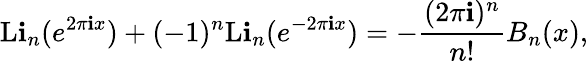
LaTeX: \operatorname{L\mathbf{i}}_{n}(e^{2\pi\mathbf{i}x})+(-1)^{n}\operatorname{L\mathbf{i}}_{n}(e^{-2\pi\mathbf{i}x})=-{\frac{{(2\pi\mathbf{i})^{n}}}{{n!}}}B_{n}(x),